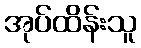
အုပ်ထိန်းသူ